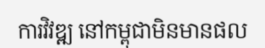
ការវិវឌ្ឍ នៅកម្ពុជាមិនមានផល